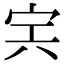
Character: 𡧢